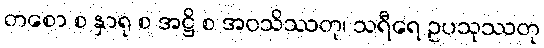
တစော စ နှာရု စ အဋ္ဌိ စ အဝသိဿတု၊ သရီရေ ဥပသုဿတု